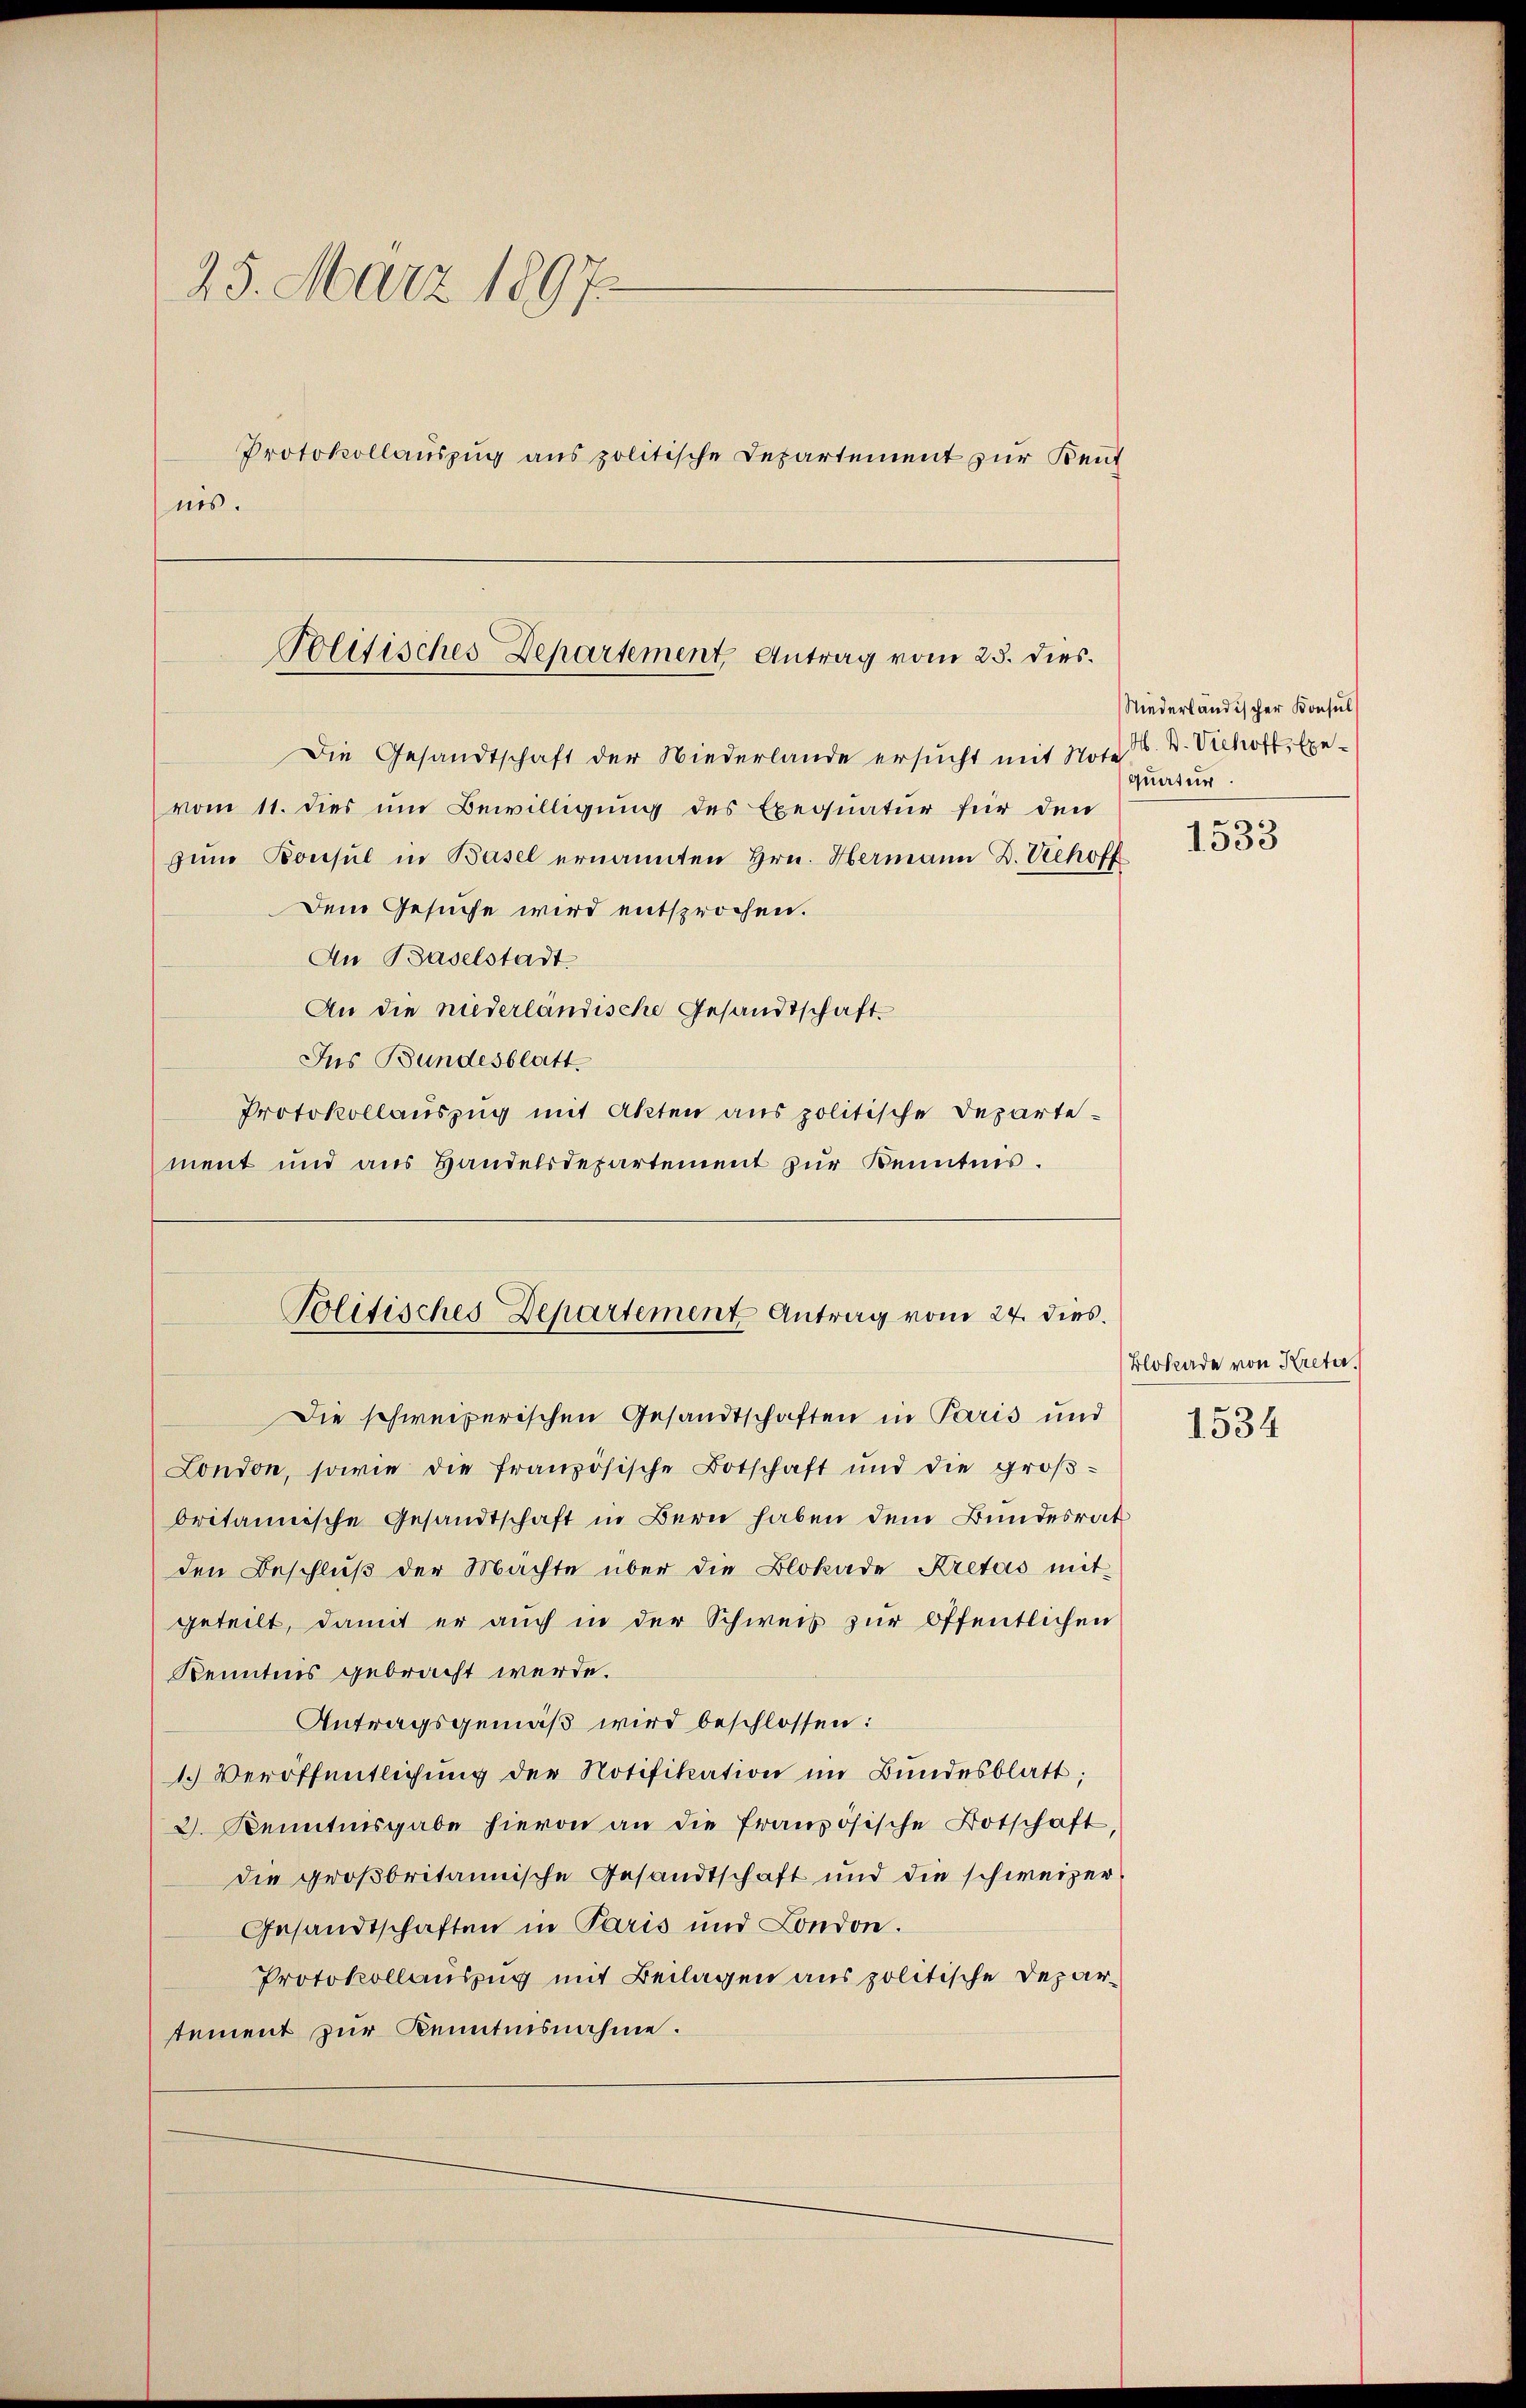
25. März 1897.
Protokollauszug aus politische Departement zur Kent
nis.

Politisches Departement, Antrag vom 25. dies

Die Gesandtschaft der Niederlande ersucht mit Not. N. K. Viehoff, Exevom 11. dies um Bewilligung des Exequatur für den
zŭm Konsul in Basel ernannten Hrn. Hermann D. Viehoff
Dem Gesuche wird entsprochen.
An Baselstadt
An die niederlandische Gesandtschaft
Ins Bundesblatt
Protokollauszug mit Akten aus politische Departement und aus Handelsdepartement zur Kenntnis.

Politisches Departement Antrag vom 24. dies.

Die schweizerischen Gesandtschaften in Paris und
London, sowie die französische Botschaft und die groβ-
britannische Gesandtschaft in Bern haben dem Bundesrat
den Beschluß der Machte über die Blokade Kretas mit
geteilt, damit er auch in der Schweis zur öffentlichen
Kenntnis gebracht werde.
Antragsgemäß wird beschlossen:
1. Veröffentlichung der Notifikation im Bundesblatt;
2. Kenntnisgabe hievon an die französische Botschaft
die großbritannische Gesandtschaft und die schweizer¬
Gesandtschaften in Paris und London.
Protokollauszug mit Beilagen aus politische Departement zur Kenntnisnahme.

Niederländischer Konsul
quatur
1533

Blonade von Kreter.
1534